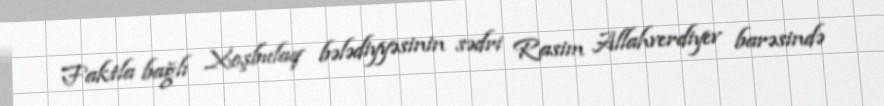
Faktla bağlı Xoşbulaq bələdiyyəsinin sədri Rasim Allahverdiyev barəsində